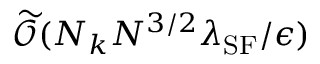
\widetilde { \mathcal { O } } ( N _ { k } N ^ { 3 / 2 } \lambda _ { \mathrm { S F } } / \epsilon )